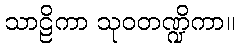
သာဠိကာ သုဝတဏ္ဍိကာ။